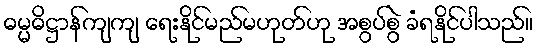
ဓမ္မဓိဋ္ဌာန်ကျကျ ရေးနိုင်မည်မဟုတ်ဟု အစွပ်စွဲ ခံရနိုင်ပါသည်။